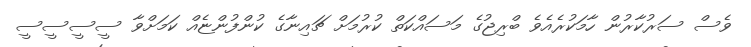
ވެސް ސަރުކާރުން ހާމަކުރެއެވެ ބްރިޖުގެ މަސައްކަތް ކުރުމަށް ޗައިނާގެ ކުންފުންޏެއް ކަމަށްވާ ސީސީސީސީ